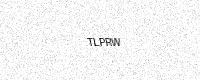
Text: TLPRW